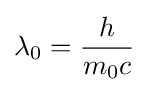
\lambda _{0}={\frac {h}{m_{0}c}}\